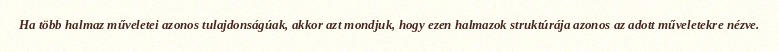
Ha több halmaz műveletei azonos tulajdonságúak, akkor azt mondjuk, hogy ezen halmazok struktúrája azonos az adott műveletekre nézve.